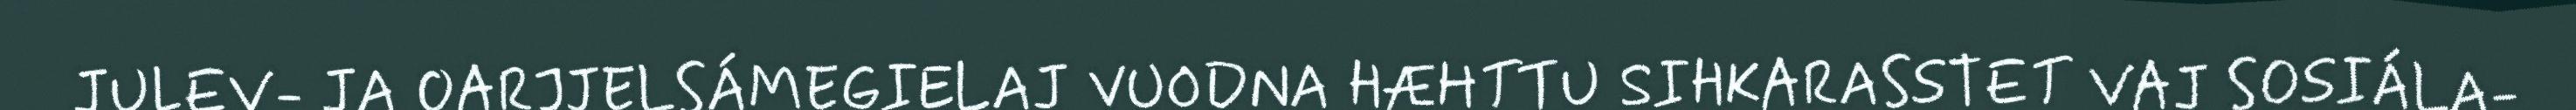
JULEV- JA OARJJELSÁMEGIELAJ VUODNA HÆHTTU SIHKARASSTET VAJ SOSIÁLA-